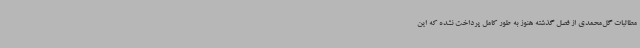
مطالبات گل‌محمدی از فصل گذشته هنوز به طور کامل پرداخت نشده که این